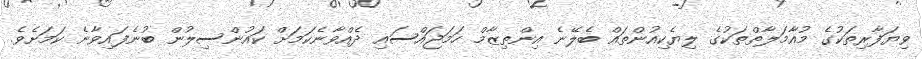
ވިޔަފާރިތަކުގެ މުއާމަލާތްތަކުގެ ލިޔެކިއުންތައް ބެލޭނެ އިންތިޒާމް ހަމަޖައްސައި ދެއްވާނެކަމަށް ކައުންސިލުން ބުނެފައިވާނެ ކަމަށެވެ.